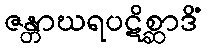
ဇန္တာဃရပဋိစ္ဆာဒိံ